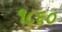
૧૮૬૦